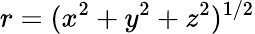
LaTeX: r=(x^{2}+y^{2}+z^{2})^{1/2}